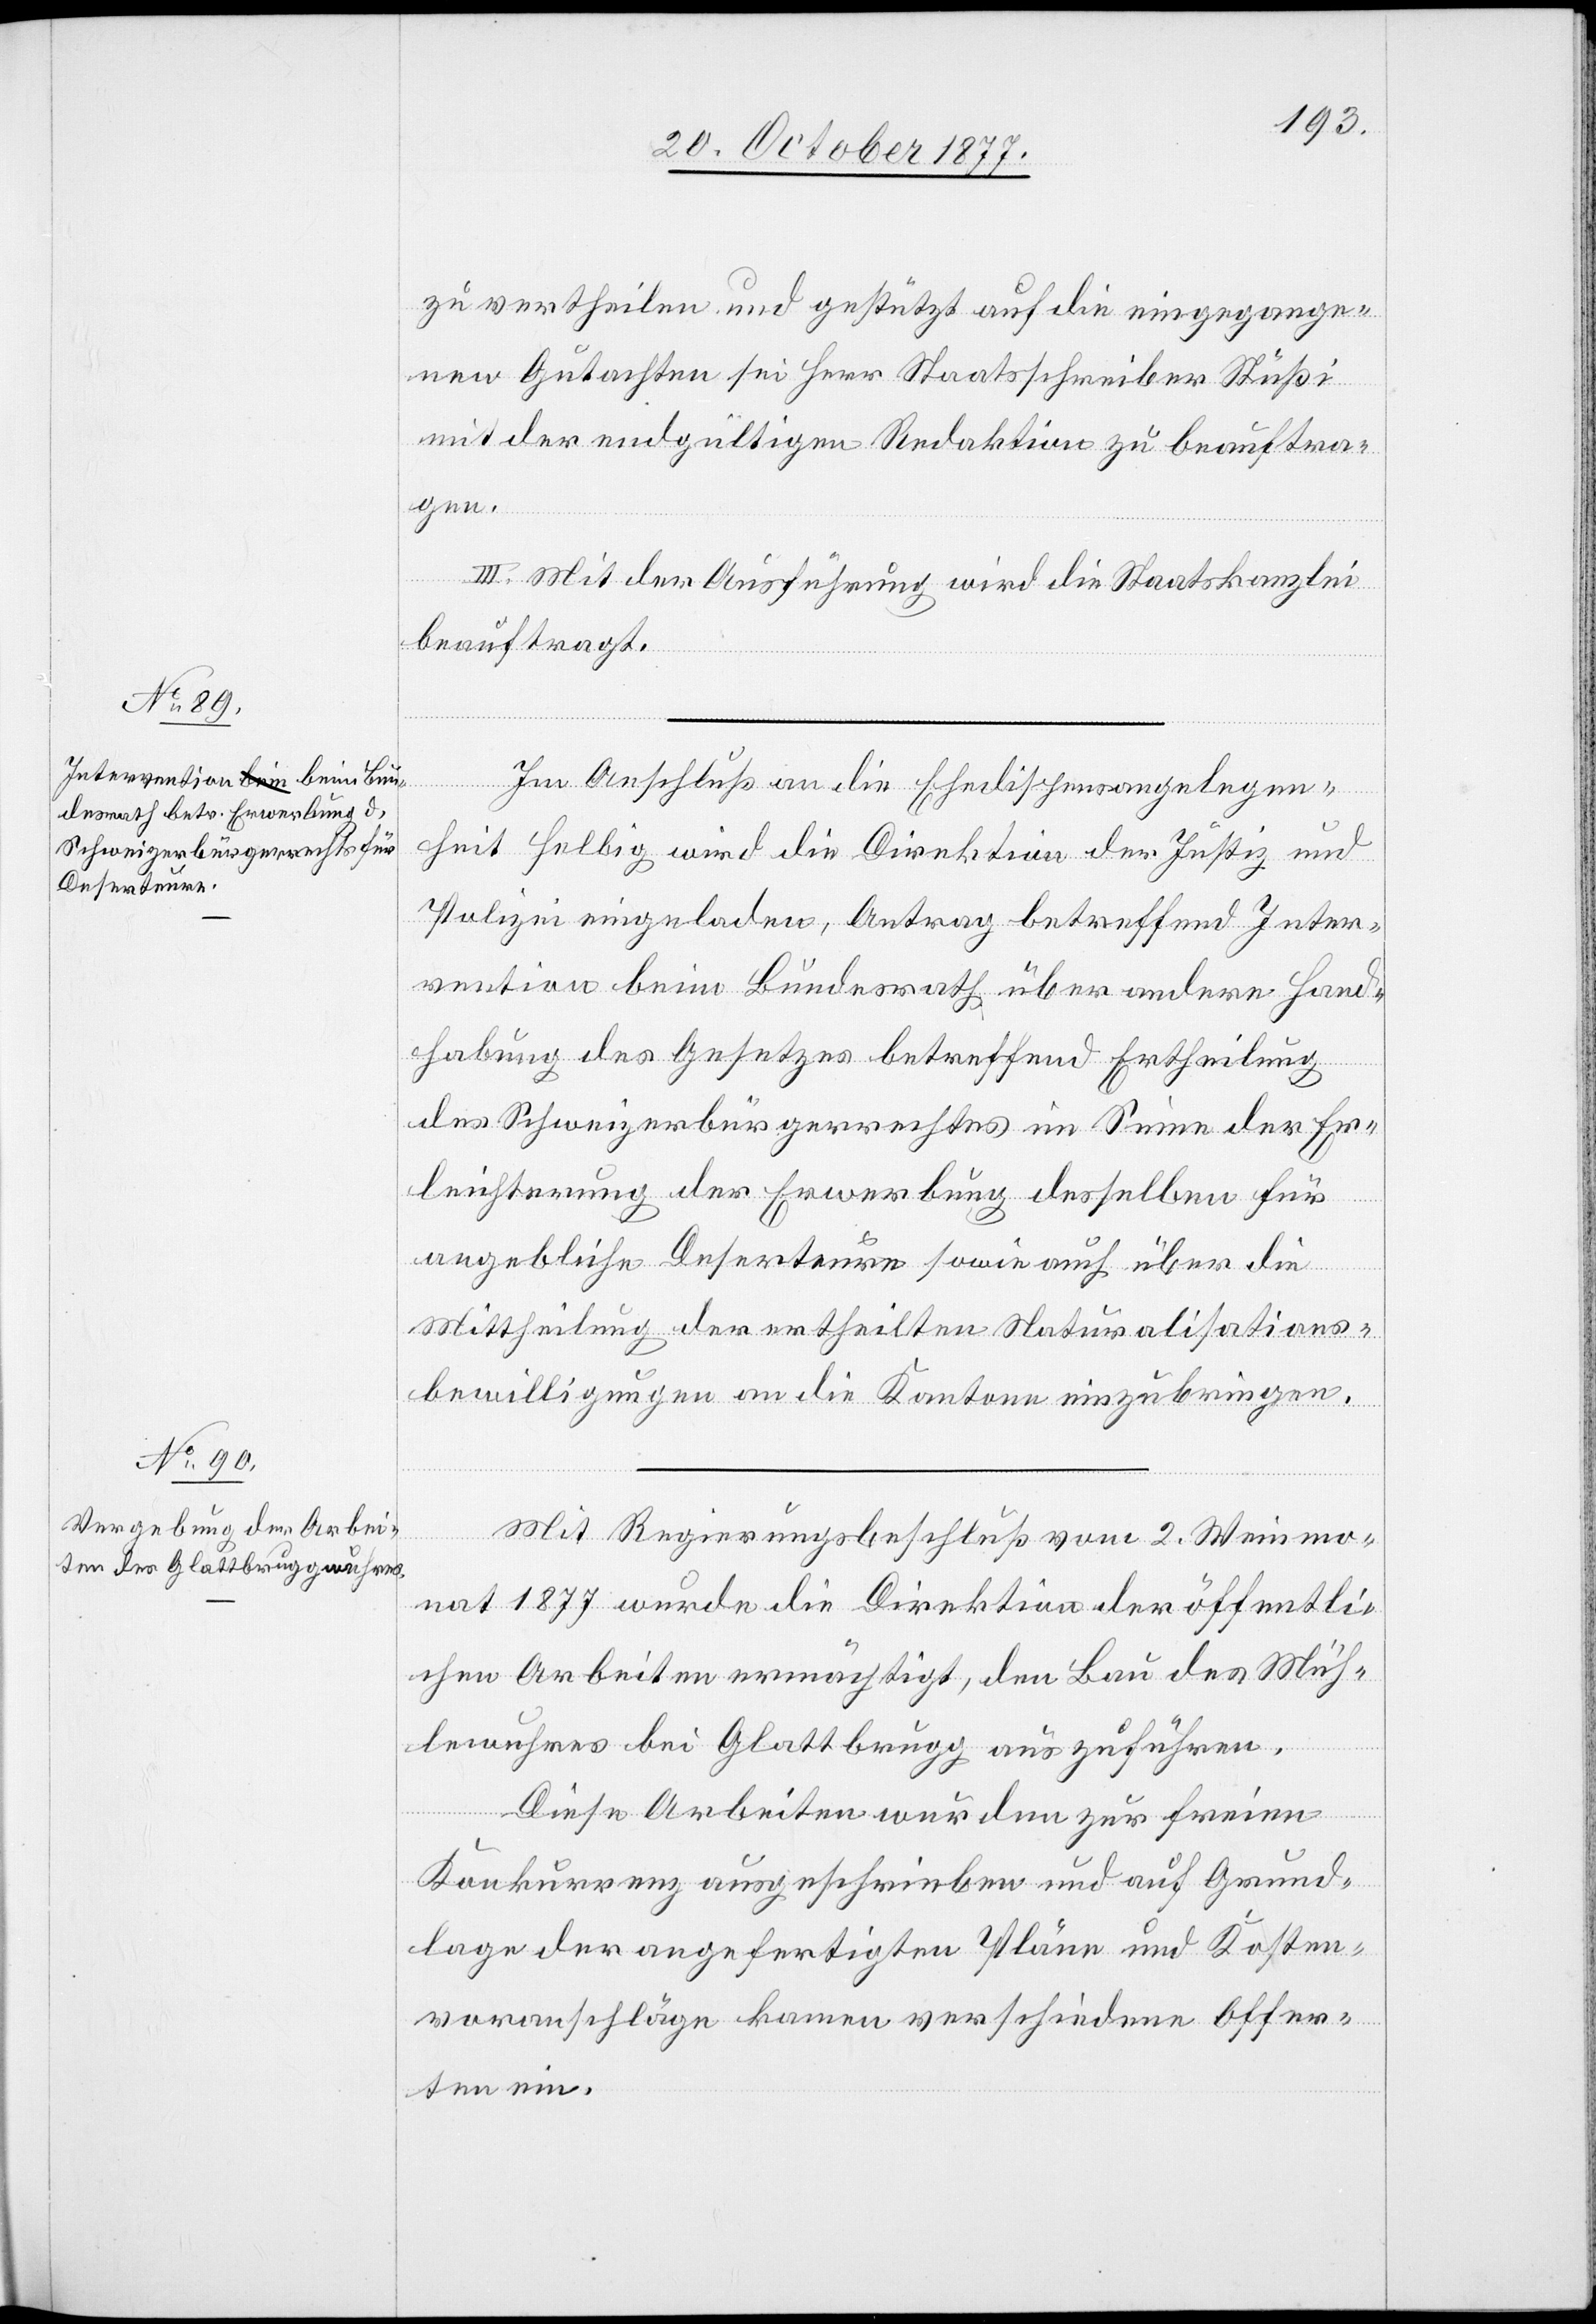
zu vertheilen und gestützt auf die eingegange¬
nen Gutachten sei Herr Staatsschreiber Stüßi
mit der endgültigen Redaktion zu beauftra¬
gen.
III. Mit der Ausführung wird die Staatskanzlei
beauftragt.
Im Anschluß an die Ehedispensangelegen¬
heit Helbig wird die Direktion der Justiz und
Polizei eingeladen, Antrag betreffend Inter¬
vention beim Bundesrath über andere Hand¬
habung des Gesetzes betreffend Ertheilung
des Schweizerbürgerrechtes im Sinne der Er¬
leichterung der Erwerbung desselben für
angebliche Deserteure sowie auch über die
Mittheilung der ertheilten Naturalisations¬
bewilligungen an die Kantone einzubringen.
Mit Regierungsbeschluß vom 2. Weinmo¬
nat 1877 wurde die Direktion der öffentli¬
chen Arbeiten ermächtigt, den Bau des Müh¬
lewuhres bei Glattbrugg auszuführen.
Diese Arbeiten wurden zur freien
Konkurrenz ausgeschrieben und auf Grund¬
lage der angefertigten Pläne und Kosten¬
voranschläge kamen verschiedene Offer¬
ten ein.